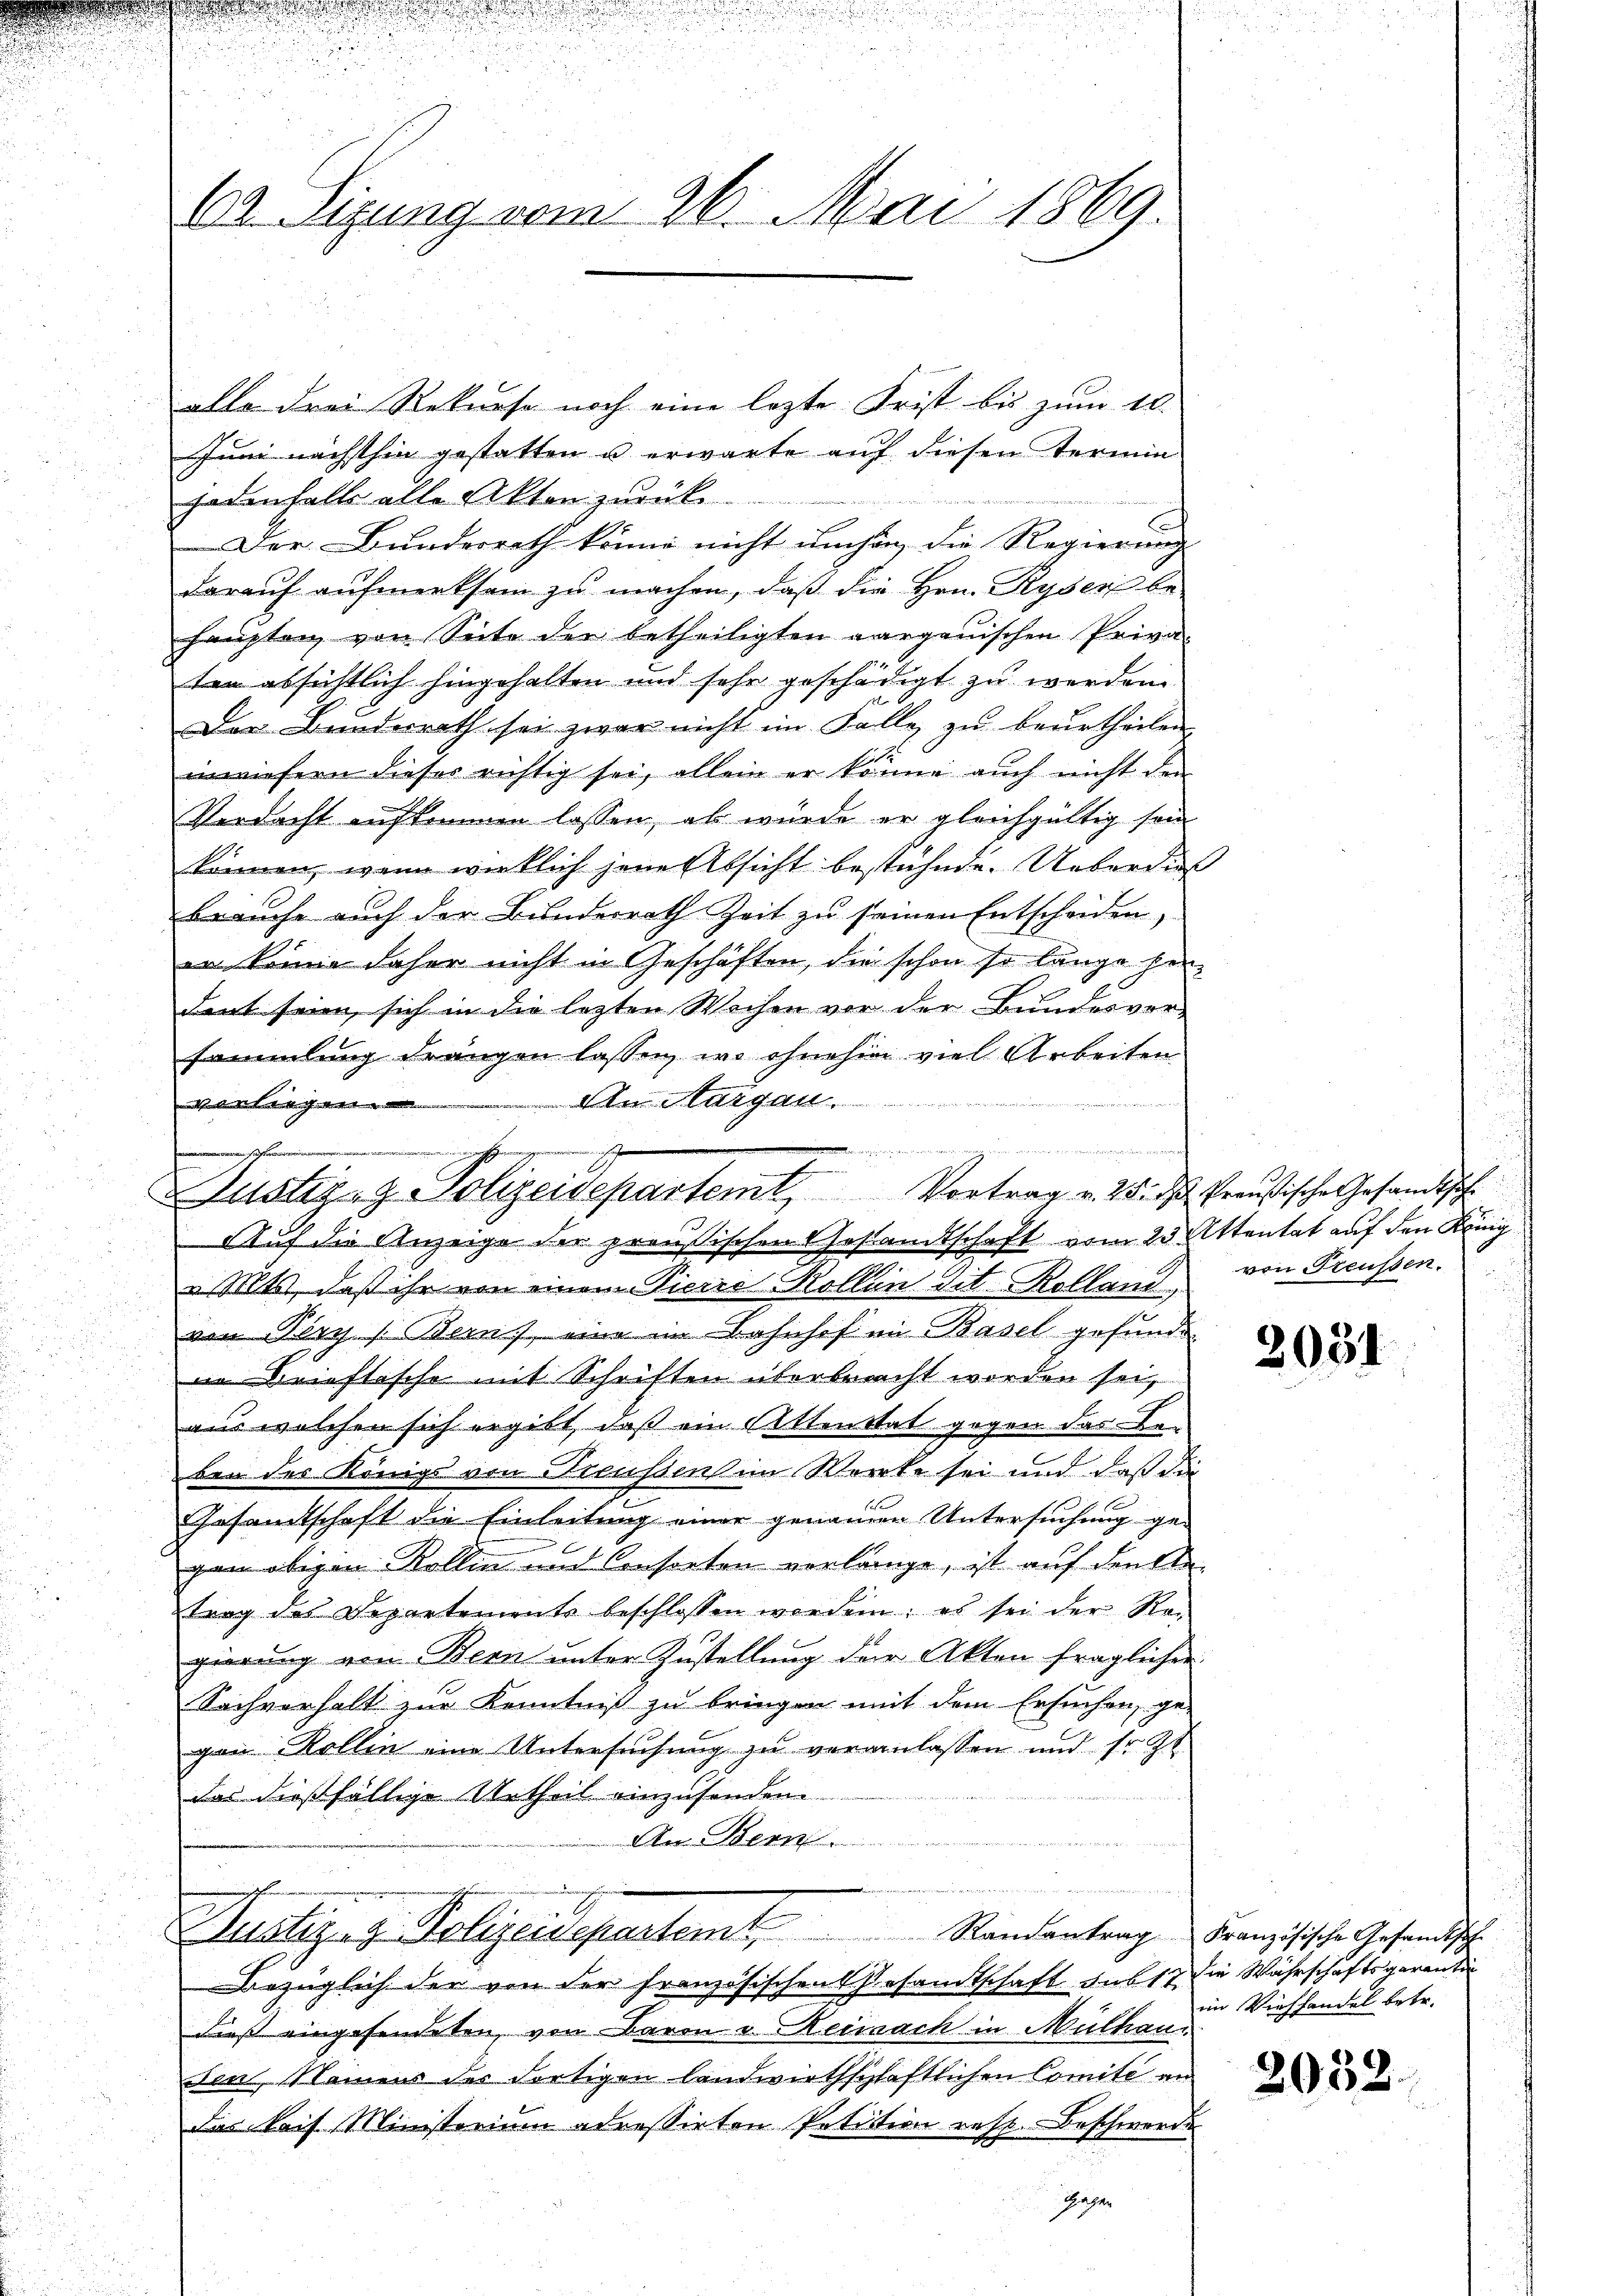
C. Sizung vom 26. Mai 1869.

alle drei Rekurse noch eine lezte Frist bis zum 10.
Juni nächsthin gestatten u erwarte auf diesen Termin
Hanhalt alle Akten zurück
Der Bundesrath könne nicht umhin die Regierung
darauf aufmerksam zu machen, daß die Hrn. Ryser behaupten von Seite der betheiligten aargauischen Priva-
ten absichtlich hingehalten und sehr geschädigt zu werden.
Der Bundesrath sei zwar nicht im Falle zŭ beŭrtheilen
inwiefern dieser richtig sei, allein er könne auch nicht den
Verdacht aufkommen lassen, als würde er gleichgültig sein
können, wenn wirklich jene Absicht bestuhnde. Ueberdies
brauche auch der Bundesrath Zeit zu seinen Entscheiden,
n keine daher nicht in Geschäften, die schon so lange seident seien, sich in die letzten Wochen vor der Bundesver-
sammlung drängen lassen, wo ohnehin viel Arbeiten.
An Margau
nn Wette des Kelleichnete den |
2.
„Mts, daß ihr von einem Pierre Kollen Tit. Kolland
von Pery (Bern, eine im Bahnhof in Basel gefunde
nn Brieftasche mit Schriften überbracht worden sei,
aus welchen sich ergibt, daß ein Sittenstat gegen das Be-
ben des Königs von Treussens in Worte sei und daß die
Gesandtschaft die Einleitung einer genauen Untersuchung ge-
gaan obigen Kollen und Consorten vorlänge, ist auf denke
trag des Departements beschlossen worden; es sei der Re-
gierung von Bern unter Zustellung der Akten fraglichen
Sachverhalt zur Kenntniß zu bringen mit dem Ersuchen, ge-
gen Kollin eine Untersuchung zu veranlassen und fr. Zt
das dießfällige Urtheil einzusonden
An Bern.
n
Justizog. Polizeidepartemt Randantrag Französische Gesandtsche
Bezüglich der von der Französischen Gesamtschaft sub 17 die Währschaftsgarantin
dieß eingefindeten, von Baron v. Reinach in Mülhausen, Namens der dortigen landwirthschaftlichen Comité an
das Reis Ministerium adressirten Petition resp. Beschwerde

welche in den Weg werde dahin der
1
g
Justiz- & Polizeisepartemt Vortrag v. 25. ds Preußische Gesandtsche
Auf die Anzeige der preußischen Gestandtschaft vom 23. Attentat auf den König

von Freussen.

2031

im Viehhandel betr.

2032.